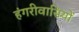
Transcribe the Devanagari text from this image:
हंगरीवासियों